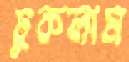
ঢুকলাম